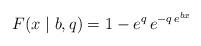
LaTeX: \begin{align*} F(x \mid b, q) = 1 - e^q \, e^{-q \, e^{bx}}\end{align*}